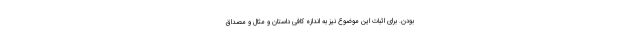
بودن. برای اثبات این موضوع نیز به اندازه کافی داستان و مثال و مصداق